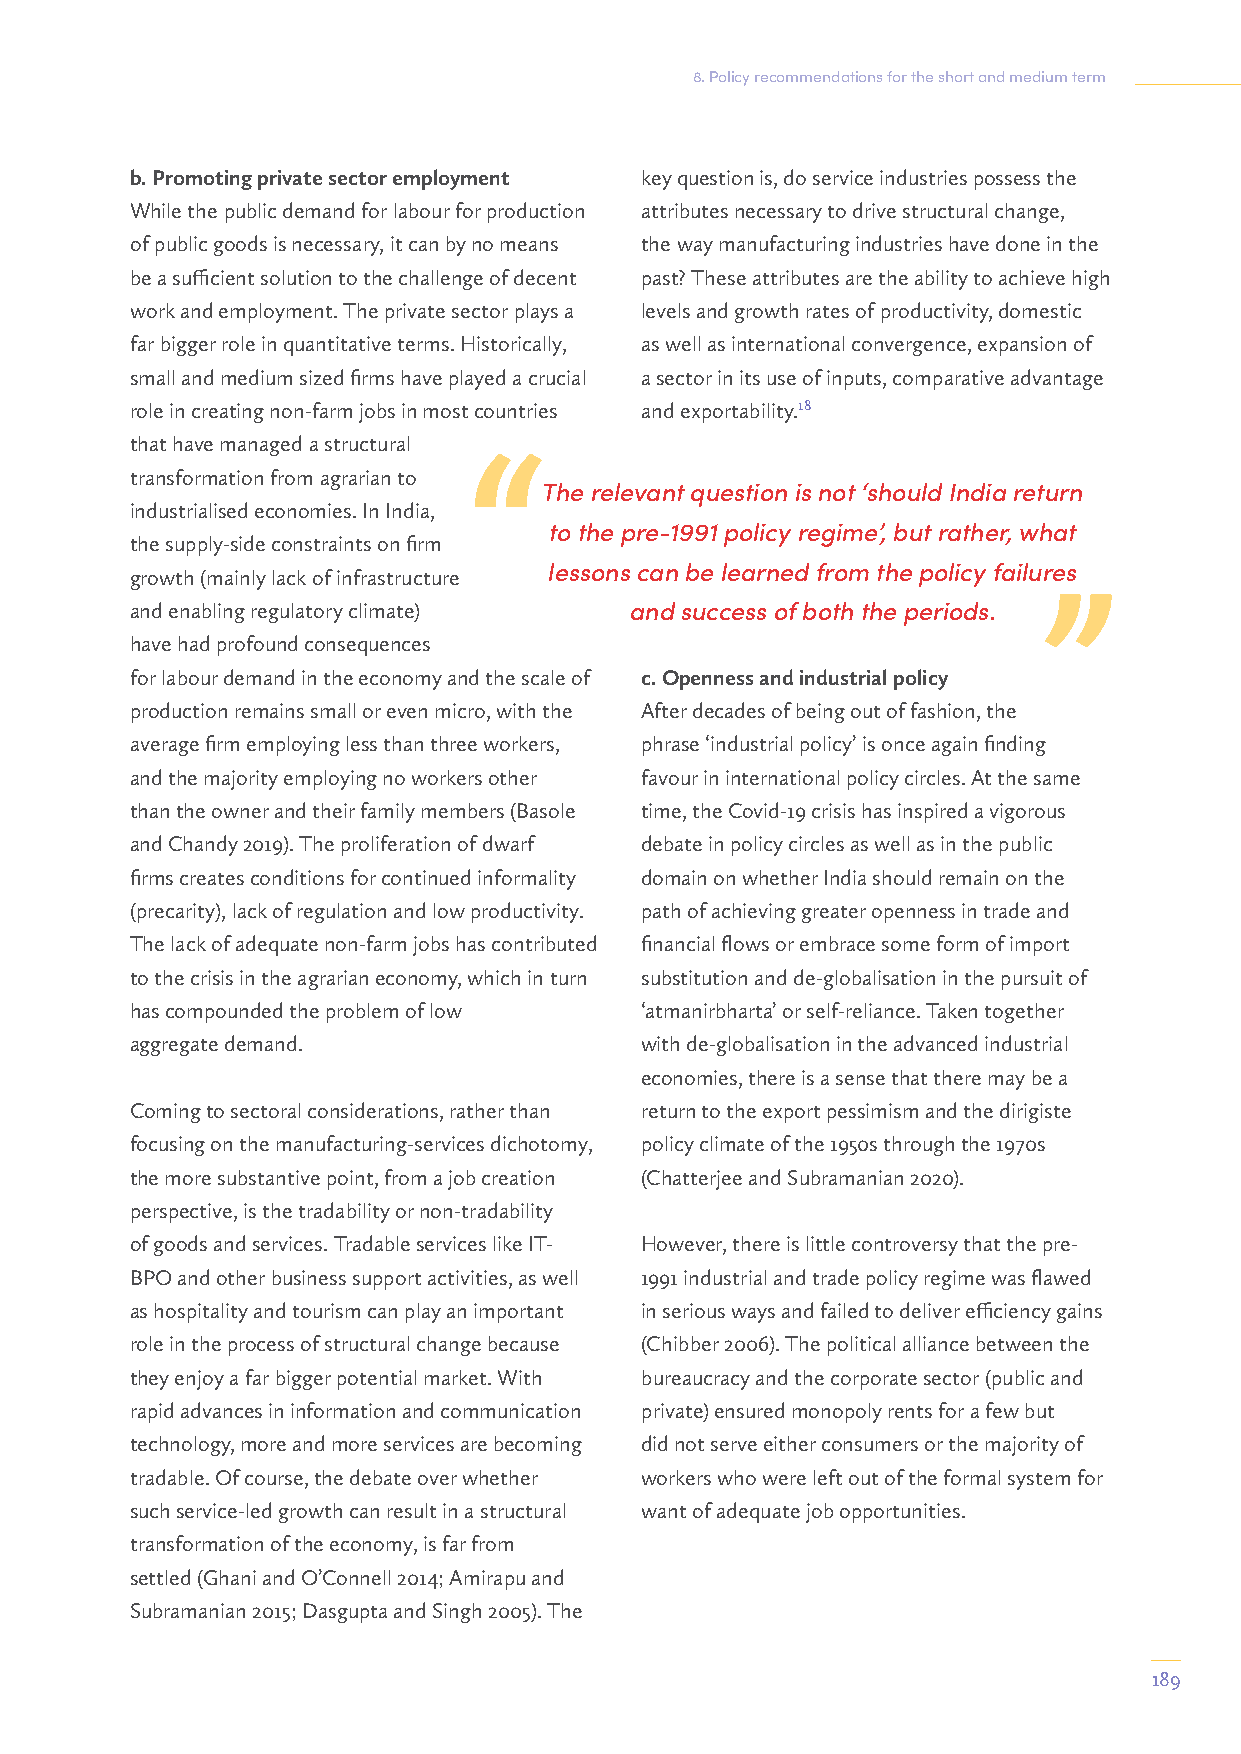
8. Policy recommendations for the short and medium term
 b. Promoting private sector employment key question is, do service industries possess the
 While the public demand for labour for production attributes necessary to drive structural change,
 of public goods is necessary, it can by no means the way manufacturing industries have done in the
 be a sufficient solution to the challenge of decent past? These attributes are the ability to achieve high
 work and employment. The private sector plays a levels and growth rates of productivity, domestic
 far bigger role in quantitative terms. Historically, as well as international convergence, expansion of
 small and medium sized firms have played a crucial a sector in its use of inputs, comparative advantage
 role in creating non-farm jobs in most countries and exportability.18
 that have managed a structural
 transformation from agrarian to
 The relevant question is not ‘should India return
 industrialised economies. In India,
 to the pre-1991 policy regime’, but rather, what
 the supply-side constraints on firm
 growth (mainly lack of infrastructure lessons can be learned from the policy failures
 and enabling regulatory climate) and success of both the periods.
 have had profound consequences
 for labour demand in the economy and the scale of c. Openness and industrial policy
 production remains small or even micro, with the After decades of being out of fashion, the
 average firm employing less than three workers, phrase ‘industrial policy’ is once again finding
 and the majority employing no workers other favour in international policy circles. At the same
 than the owner and their family members (Basole time, the Covid-19 crisis has inspired a vigorous
 and Chandy 2019). The proliferation of dwarf debate in policy circles as well as in the public
 firms creates conditions for continued informality domain on whether India should remain on the
 (precarity), lack of regulation and low productivity. path of achieving greater openness in trade and
 The lack of adequate non-farm jobs has contributed financial flows or embrace some form of import
 to the crisis in the agrarian economy, which in turn substitution and de-globalisation in the pursuit of
 has compounded the problem of low ‘atmanirbharta’ or self-reliance. Taken together
 aggregate demand.                with de-globalisation in the advanced industrial
 economies, there is a sense that there may be a
 Coming to sectoral considerations, rather than return to the export pessimism and the dirigiste
 focusing on the manufacturing-services dichotomy, policy climate of the 1950s through the 1970s
 the more substantive point, from a job creation (Chatterjee and Subramanian 2020).
 perspective, is the tradability or non-tradability
 of goods and services. Tradable services like IT- However, there is little controversy that the pre-
 BPO and other business support activities, as well 1991 industrial and trade policy regime was flawed
 as hospitality and tourism can play an important in serious ways and failed to deliver efficiency gains
 role in the process of structural change because (Chibber 2006). The political alliance between the
 they enjoy a far bigger potential market. With bureaucracy and the corporate sector (public and
 rapid advances in information and communication private) ensured monopoly rents for a few but
 technology, more and more services are becoming did not serve either consumers or the majority of
 tradable. Of course, the debate over whether workers who were left out of the formal system for
 such service-led growth can result in a structural want of adequate job opportunities.
 transformation of the economy, is far from
 settled (Ghani and O’Connell 2014; Amirapu and
 Subramanian 2015; Dasgupta and Singh 2005). The
 189